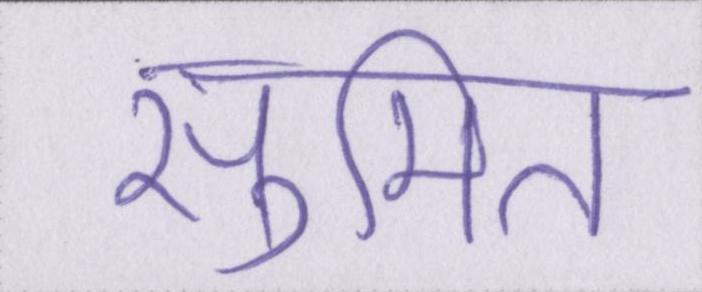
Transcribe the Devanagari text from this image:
सुमित